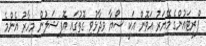
ފްރީޓައުންގެ މޭޔަރު އަވޮން އަކީ ސޯޔާ ވިދާޅުވި ގޮތުގައި އޮފިޝަލުން މިހާރު އެންމެ